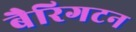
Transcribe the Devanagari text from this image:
बैरिगटन